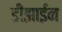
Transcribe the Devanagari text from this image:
डीझाईन